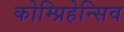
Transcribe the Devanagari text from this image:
कोम्प्रिहेन्सिव